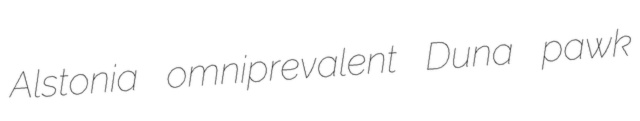
Alstonia omniprevalent Duna pawk